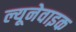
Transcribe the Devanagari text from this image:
ल्यूनेवाइक